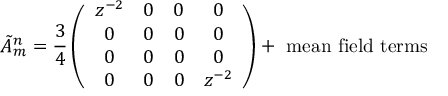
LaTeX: \tilde { \cal A } _ { m } ^ { n } = \frac { 3 } { 4 } \left( \begin{array} { c c c c } { { z ^ { - 2 } } } & { { 0 } } & { { 0 } } & { { 0 } } \\ { { 0 } } & { { 0 } } & { { 0 } } & { { 0 } } \\ { { 0 } } & { { 0 } } & { { 0 } } & { { 0 } } \\ { { 0 } } & { { 0 } } & { { 0 } } & { { z ^ { - 2 } } } \end{array} \right) + \mathrm { ~ m e a n ~ f i e l d ~ t e r m s }